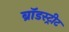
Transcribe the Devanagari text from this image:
ब्रॉडस्ट्रीट